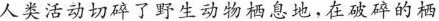
人类活动切碎了野生动物栖息地，在破碎的栖